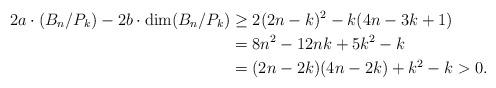
LaTeX: \begin{align*}2a\cdot (B_n/P_k) - 2b\cdot \dim(B_n/P_k) & \geq 2(2n-k)^2 - k(4n-3k+1) \\ & = 8n^2-12nk +5k^2 -k \\ & = (2n-2k)(4n-2k) + k^2-k >0. \end{align*}